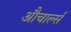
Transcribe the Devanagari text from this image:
औचार्ल्स